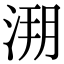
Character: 𣷥